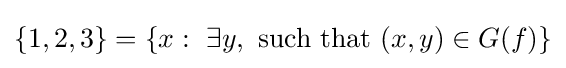
\{1,2,3\}=\{x:\ \exists y,{\text{ such that }}(x,y)\in G(f)\}